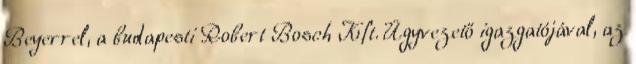
Beyerrel, a budapesti Robert Bosch Kft. Ügyvezető igazgatójával, az